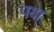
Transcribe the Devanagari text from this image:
पक्ष्